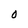
Character: O